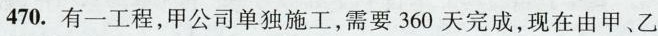
470.有一工程，甲公司单独施工，需要360天完成，现在由甲、乙